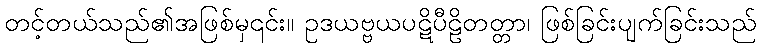
တင့်တယ်သည်၏အဖြစ်မှ၎င်း။ ဥဒယဗ္ဗယပဋိပီဠိတတ္တာ၊ ဖြစ်ခြင်းပျက်ခြင်းသည်